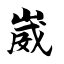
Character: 崴